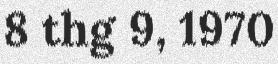
8 thg 9, 1970